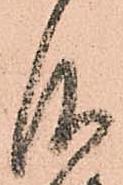
仰